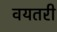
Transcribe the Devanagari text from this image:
वयतरी